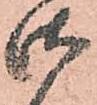
御